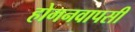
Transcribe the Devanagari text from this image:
होगनवापसी